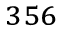
_ { 3 5 6 }